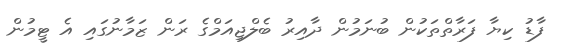
ފާޑު ކިޔާ ފަރާތްތަކުން ބުނަމުން ދާއިރު ބެލްޖިއަމްގެ ރަން ޒަމާނުގައި އެ ޓީމުން